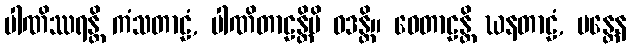
ပါဏိဿရန္တိ ကံသတာဠံ, ပါဏိတာဠန္တိပိ ဝဒန္တိ။ ဝေတာဠန္တိ ဃနတာဠံ, မန္တေန